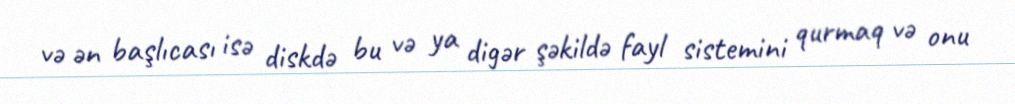
və ən başlıcası isə diskdə bu və ya digər şəkildə fayl sistemini qurmaq və onu